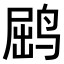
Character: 𫛵